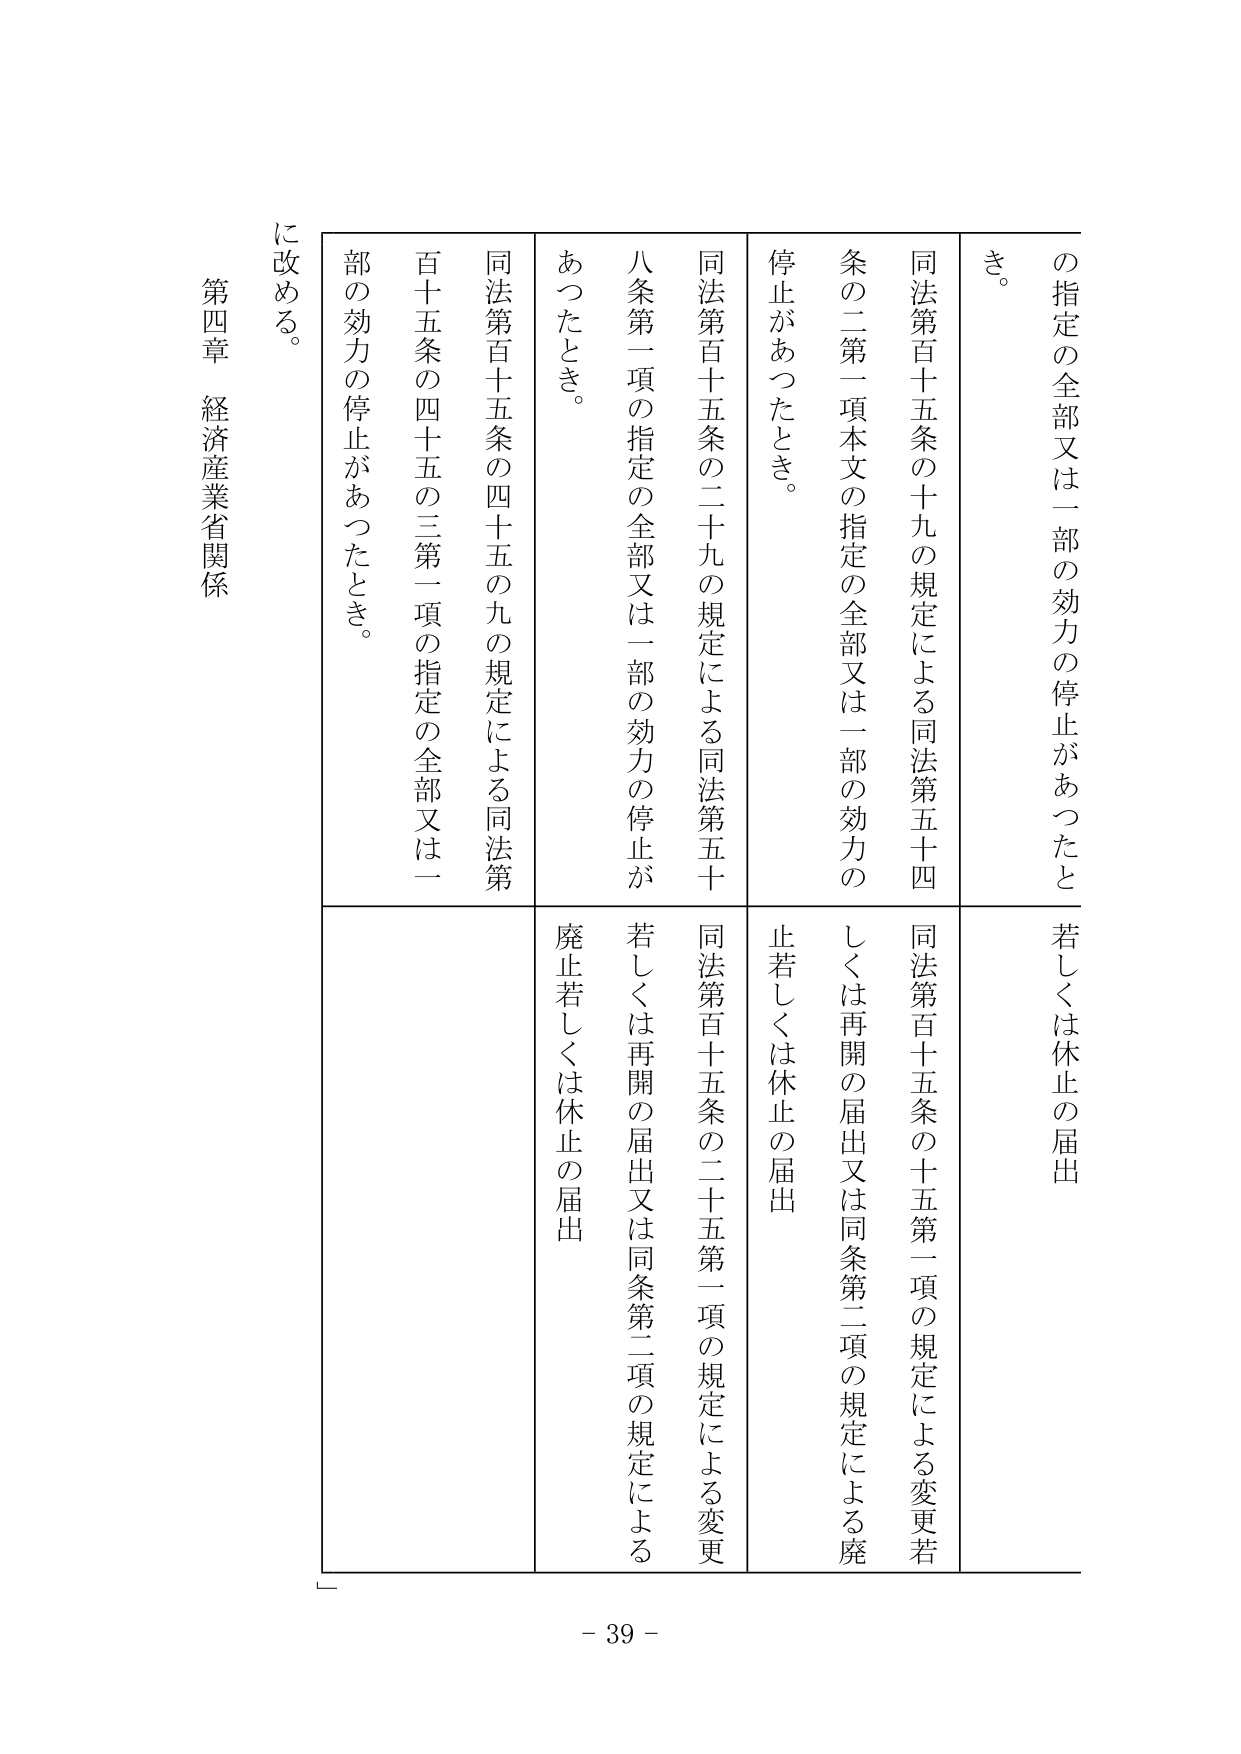
第四章 経済産業省関係

の指定の全部又は一部の効力の停止があったとき。
同法第百十五条の十九の規定による同法第五十四条の二第一項本文の指定の全部又は一部の効力の停止があったとき。
同法第百十五条の二十九の規定による同法第五十八条第一項の指定の全部又は一部の効力の停止があったとき。
同法第百十五条の四十五の九の規定による同法第百十五条の四十五の三第一項の指定の全部又は一部の効力の停止があったとき。
に改める。

若しくは休止の届出
同法第百十五条の十五第一項の規定による変更若しくは再開の届出又は同条第二項の規定による廃止若しくは休止の届出
同法第百十五条の二十五第一項の規定による変更若しくは再開の届出又は同条第二項の規定による廃止若しくは休止の届出

- 39 -